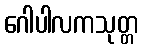
ဂေါပါလကသုတ္တ